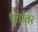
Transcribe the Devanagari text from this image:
श्वेताँबर